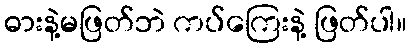
ဓားနဲ့မဖြတ်ဘဲ ကပ်ကြေးနဲ့ ဖြတ်ပါ။